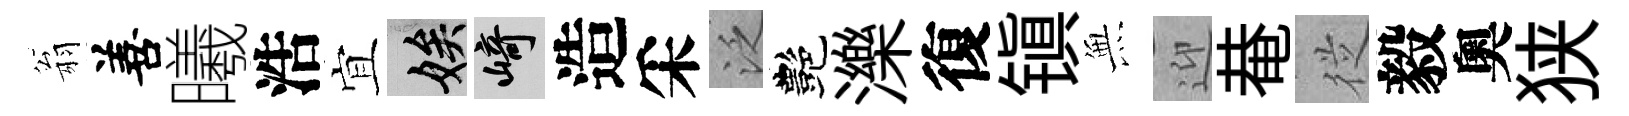
翁善曦浩宜娭崎造采泛艷濼復镇𭴾迎𤲅従毅奧狭